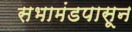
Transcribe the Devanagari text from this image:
सभामंडपासून